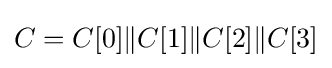
C=C[0]\|C[1]\|C[2]\|C[3]